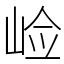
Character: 崄